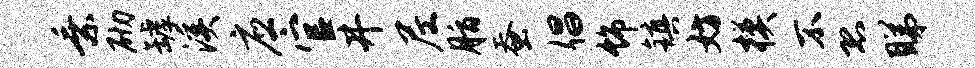
乘砌罅溪应官井尼脂蚕倡饰镇妨模不恐睇